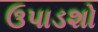
ઉપાડશો